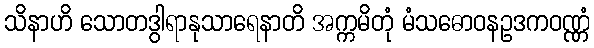
သိနာဟိ သောတဒွါရာနုသာရေနာတိ အက္ကမိတုံ မံသဓောဝနဥဒကဝဏ္ဏံ